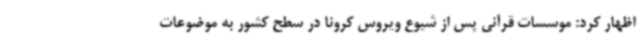
اظهار کرد: موسسات قرآنی پس از شیوع ویروس کرونا در سطح کشور به موضوعات